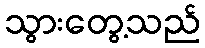
သွားတွေ့သည်